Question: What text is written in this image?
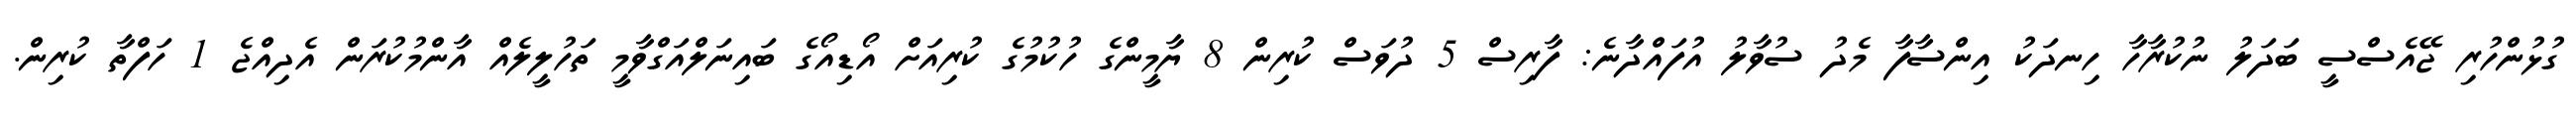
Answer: ގުޅުންހުރި ޖޭއެސްސީ ބަދަލު ނުކުރާހާ ހިނދަކު އިންސާފާ މެދު ސުވާލު އުފައްދާނެ: ފާރިސް 5 ދުވަސް ކުރިން 8 ޔާމީންގެ ހުކުމުގެ ކުރިއަށް އޯޑިއޯގެ ބައިނަލްއަގްވާމީ ތަހުލީލެއް އާންމުކުރަން އެދިއްޖެ 1 ހަފްތާ ކުރިން.